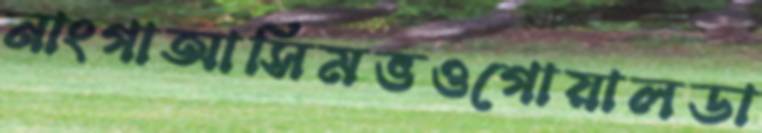
নাংগাআসিমভওগোয়ালডা